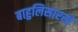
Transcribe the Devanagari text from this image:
बाहुलिसारखे